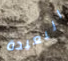
البعيدة